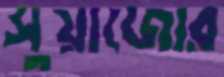
সুয়াজোর